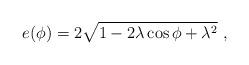
LaTeX: \begin{align*}e(\phi)=2\sqrt{1-2\lambda \cos \phi +\lambda^2}\ ,\end{align*}